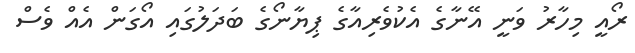
ރޯއީ މިހާރު ވަނީ އޭނާގެ އެކުވެރިއާގެ ޕިޔާނޯގެ ބަދަލުގައި އޯގަން އެއް ވެސް